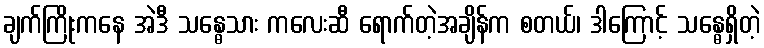
ချက်ကြိုးကနေ အဲဒီ သန္ဓေသား ကလေးဆီ ရောက်တဲ့အချိန်က စတယ်၊ ဒါကြောင့် သန္ဓေရှိတဲ့